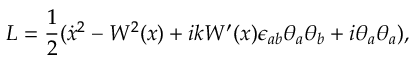
L = \frac { 1 } { 2 } ( \dot { x } { } ^ { 2 } - W ^ { 2 } ( x ) + i k W ^ { \prime } ( x ) \epsilon _ { a b } \theta _ { a } \theta _ { b } + i \theta _ { a } \theta _ { a } ) ,